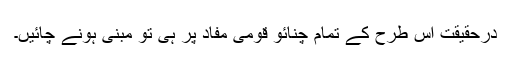
درحقیقت اس طرح کے تمام چنائو قومی مفاد پر ہی تو مبنی ہونے چائیں۔